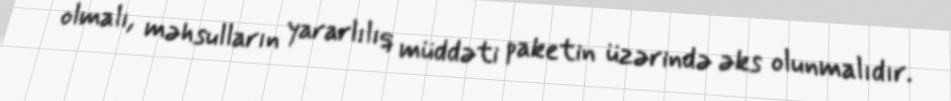
olmalı, məhsulların yararlılıq müddəti paketin üzərində əks olunmalıdır.